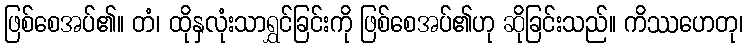
ဖြစ်စေအပ်၏။ တံ၊ ထိုနှလုံးသာရွှင်ခြင်းကို ဖြစ်စေအပ်၏ဟု ဆိုခြင်းသည်။ ကိဿဟေတု၊